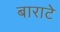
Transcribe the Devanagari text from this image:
बाराटे